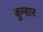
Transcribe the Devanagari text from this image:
कुम्‍हार